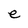
Character: e